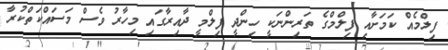
ފިލްމެއް ކަމަށާއި ފިލްމްގެ ތަރިންނަކީ ހިންދީ ފިލްމީ ދާއިރާގައި މިހާރު ވެސް މަސައްކަތްކުރާ